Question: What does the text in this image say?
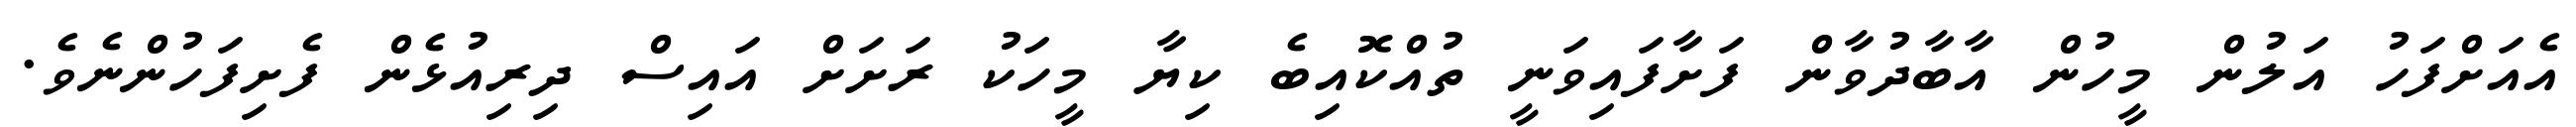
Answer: އެއަށްފަހު އަލުން މީހުން އާބާދުވާން ފަށާފައިވަނީ ތުއްކޮއިބެ ކިޔާ މީހަކު ރަށަށް އައިސް ދިރިއުޅެން ފެށިފަހުންނެވެ.